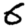
Digit: 6